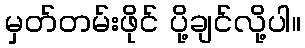
မှတ်တမ်းဖိုင် ပို့ချင်လို့ပါ။